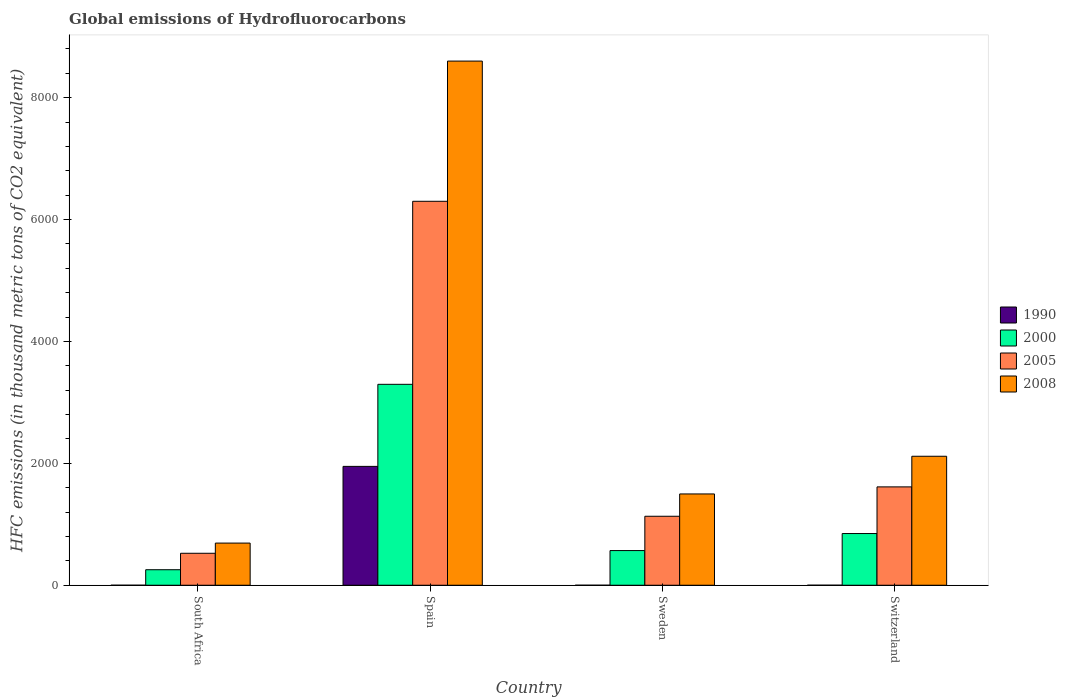
| Country | 1990 | 2000 | 2005 | 2008 |
 | --- | --- | --- | --- | --- |
 | South Africa | 0.2 | 255 | 524 | 692 |
 | Spain | 1.95e+03 | 3.3e+03 | 6.3e+03 | 8.6e+03 |
 | Sweden | 0.2 | 569 | 1.13e+03 | 1.5e+03 |
 | Switzerland | 0.3 | 848 | 1.61e+03 | 2.12e+03 |